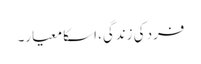
فرد کی زندگی، اسکا معیار۔